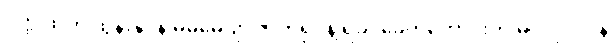
ဝတ္ထုထဲက ထွန်းနိုင်နဲ့ မမမေဂျာ ဇာတ်ရုပ်နဲ့ ရခိုင်ခေတ်ဟောင်းက မဂိုလုလင်နဲ့